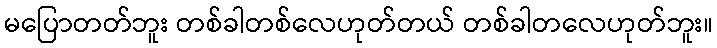
မပြောတတ်ဘူး တစ်ခါတစ်လေဟုတ်တယ် တစ်ခါတလေဟုတ်ဘူး။